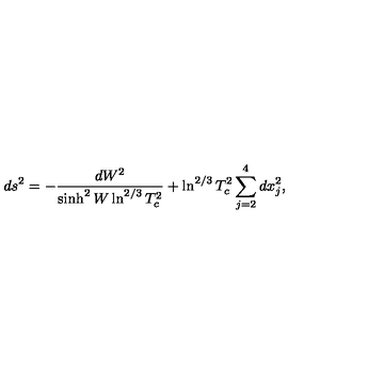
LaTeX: d s ^ { 2 } = - \frac { d W ^ { 2 } } { \sinh ^ { 2 } W \ln ^ { 2 / 3 } T _ { c } ^ { 2 } } + \ln ^ { 2 / 3 } T _ { c } ^ { 2 } \sum _ { j = 2 } ^ { 4 } d x _ { j } ^ { 2 } ,